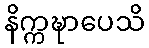
နိက္ကဍ္ဎာပေသိ